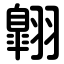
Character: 翺